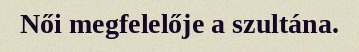
Női megfelelője a szultána.